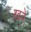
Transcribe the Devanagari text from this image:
खत्रे